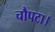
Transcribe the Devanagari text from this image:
चौपटा।